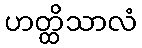
ဟတ္ထိသာလံ